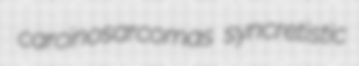
carcinosarcomas syncretistic